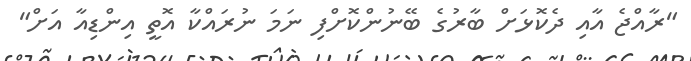
"ރާއްޖެ އާއި ދެކޮޅަށް ބާރުގެ ބޭނުންކޮށްފި ނަމަ ނުރައްކާ އޮތީ އިންޑިއާ އަށް"